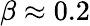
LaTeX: \beta\approx 0.2